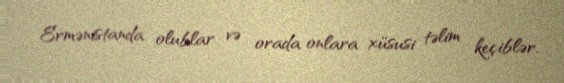
Ermənistanda olublar və orada onlara xüsusi təlim keçiblər.